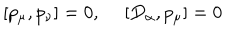
[ p _ { \mu } , p _ { \nu } ] = 0 , ~ ~ [ D _ { \alpha } , p _ { \mu } ] = 0